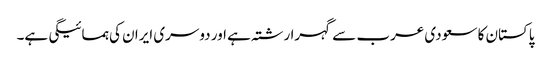
پاکستان کا سعودی عرب سے گہرا رشتہ ہے اور دوسری ایران کی ہمسائیگی ہے۔